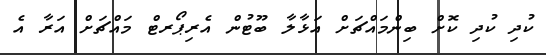
ކުދި ކުދި ކޮށް ބިންމައްޗަށް އަޅާލާ ބޫޓުން އެރިޕޯރޓް މައްޗަށް އަރާ އެ